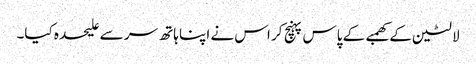
لالٹین کے کھمبے کے پاس پہنچ کر اس نے اپنا ہاتھ سر سے علیحدہ کیا۔